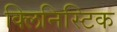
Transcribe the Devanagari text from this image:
क्लिनिस्टिक